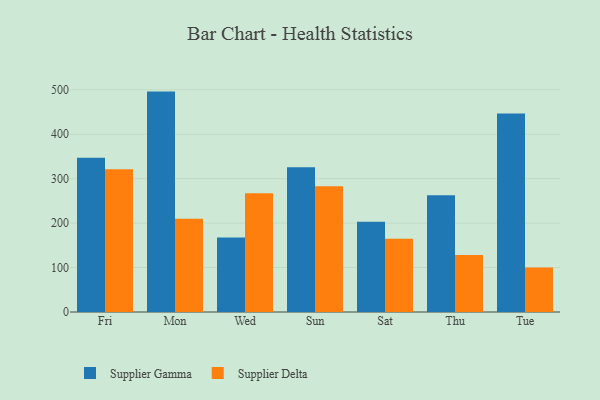
{"axis": {"x": "Day", "y": "Shipments"}, "legend": ["Supplier Delta", "Supplier Gamma"], "data": [{"x": "Fri", "y": 347.2, "type": "Supplier Gamma"}, {"x": "Fri", "y": 321.0, "type": "Supplier Delta"}, {"x": "Mon", "y": 495.9, "type": "Supplier Gamma"}, {"x": "Mon", "y": 209.8, "type": "Supplier Delta"}, {"x": "Wed", "y": 167.8, "type": "Supplier Gamma"}, {"x": "Wed", "y": 267.0, "type": "Supplier Delta"}, {"x": "Sun", "y": 325.5, "type": "Supplier Gamma"}, {"x": "Sun", "y": 282.7, "type": "Supplier Delta"}, {"x": "Sat", "y": 202.8, "type": "Supplier Gamma"}, {"x": "Sat", "y": 164.9, "type": "Supplier Delta"}, {"x": "Thu", "y": 262.5, "type": "Supplier Gamma"}, {"x": "Thu", "y": 128.0, "type": "Supplier Delta"}, {"x": "Tue", "y": 446.5, "type": "Supplier Gamma"}, {"x": "Tue", "y": 100.0, "type": "Supplier Delta"}]}